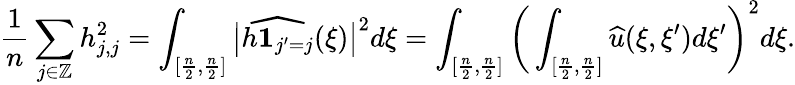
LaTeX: \frac{1}{n}\sum_{j\in\mathbb{Z}}h_{j,j}^{2}=\int_{[\frac{n}{2},\frac{n}{2}]}\big|\widehat{h\mathbf{1}_{j^{\prime}=j}}(\xi)\big|^{2}d\xi=\int_{[\frac{n}{2},\frac{n}{2}]}\bigg(\int_{[\frac{n}{2},\frac{n}{2}]}\widehat{u}(\xi,\xi^{\prime})d\xi^{\prime}\bigg)^{2}d\xi.